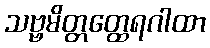
သဗ္ဗမိတ္တတ္ထေရဂါထာ